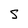
Character: S